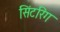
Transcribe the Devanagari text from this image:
सिंटरिंग